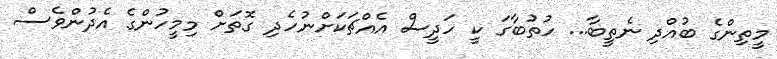
މީތިންގެ ބުއްދި ނެތީބާ... ހުތުބާގަ ކީ ހަދީސް އެއްޗަކަށްނުހެދި ގޮތަށް މިމީހުންގެ އެދުންވެސް